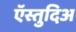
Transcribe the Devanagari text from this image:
ऍस्तुदिअ